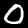
Digit: 0